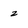
Character: 2